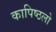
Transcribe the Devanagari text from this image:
कापिष्ठलो